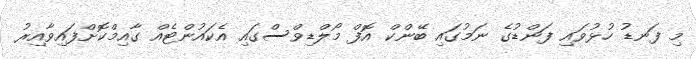
މި ފަނޑު ހުޅުވައި ފަންޑުގެ ނަމުގައި ބޭންކް އޮފް މޯލްޑިވްސްގައި އެކައުންޓެއް ގާއިމްކޮށްފައިވާއިރު